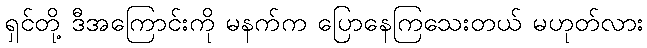
ရှင်တို့ ဒီအကြောင်းကို မနက်က ပြောနေကြသေးတယ် မဟုတ်လား